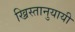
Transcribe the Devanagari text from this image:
ख्रिस्तानुयायी